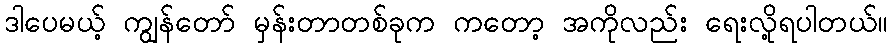
ဒါပေမယ့် ကျွန်တော် မှန်းတာတစ်ခုက ကတော့ အကိုလည်း ရေးလို့ရပါတယ်။